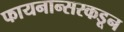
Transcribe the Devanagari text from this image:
फायनान्सरकडून